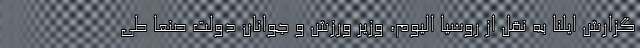
گزارش ایلنا به نقل از روسیا الیوم، وزیر ورزش و جوانان دولت صنعا طی